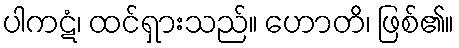
ပါကဋံ၊ ထင်ရှားသည်။ ဟောတိ၊ ဖြစ်၏။